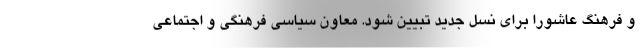
و فرهنگ عاشورا برای نسل جدید تبیین شود. معاون سیاسی فرهنگی و اجتماعی